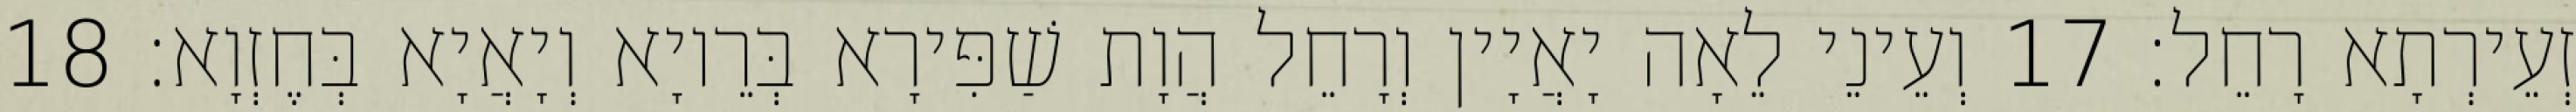
זְעֵירְתָא רָחֵל׃ 17 וְעֵינֵי לֵאָה יָאֲיָין וְרָחֵל הֲוָת שַׁפִּירָא בְּרֵיוָא וְיָאֲיָא בְּחֶזְוָא׃ 18